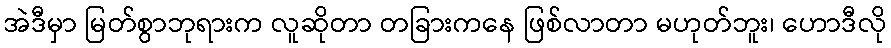
အဲဒီမှာ မြတ်စွာဘုရားက လူဆိုတာ တခြားကနေ ဖြစ်လာတာ မဟုတ်ဘူး၊ ဟောဒီလို